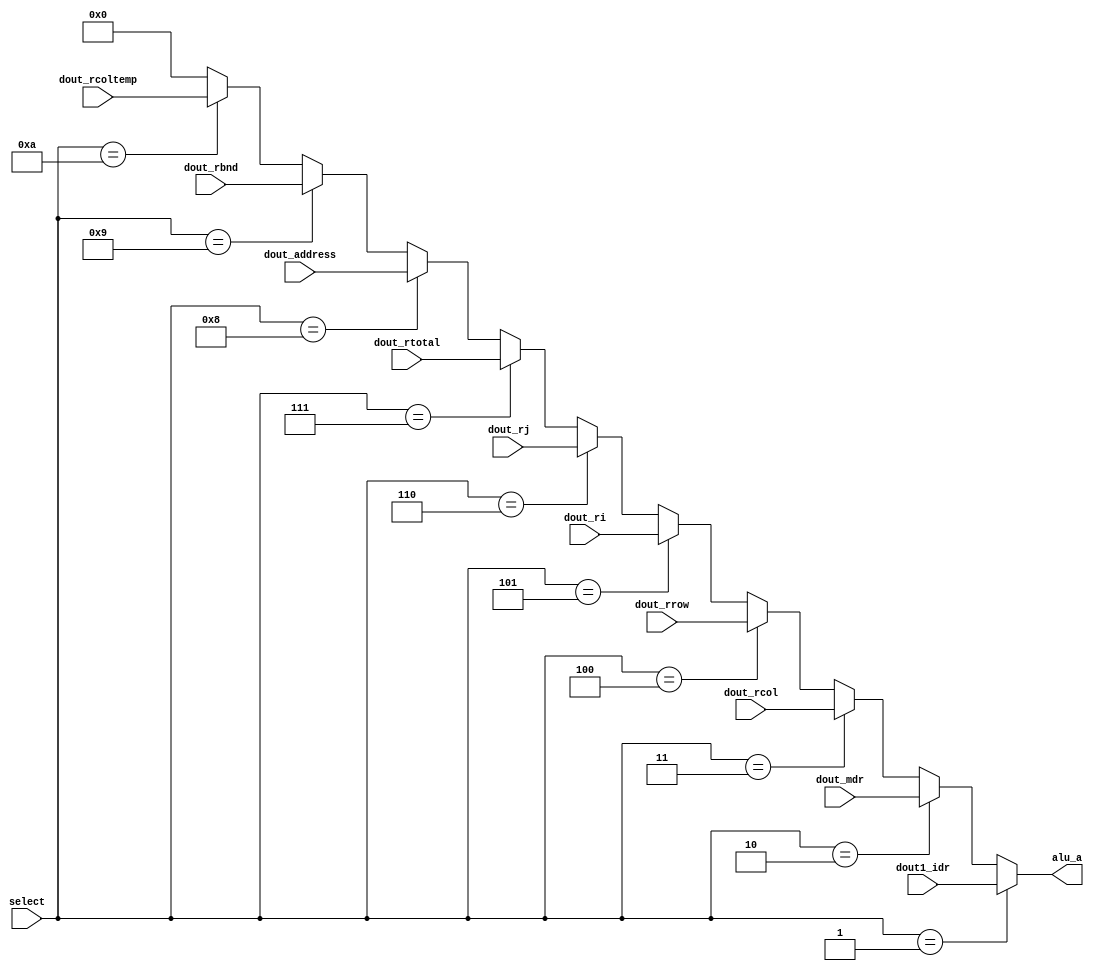
`timescale 1ns / 1ps

module ALU_Mux_A(
    input [3:0] select,
    input [17:0] dout1_idr, dout_mdr, 
    dout_rcol, dout_rrow, dout_ri, dout_rj, dout_rtotal, dout_address, dout_rbnd, dout_rcoltemp,
    output [17:0] alu_a
);

parameter 
idr1_sel = 4'b0001,
mdr_sel  = 4'b0010,
rcol_sel = 4'b0011,
rrow_sel = 4'b0100,
ri_sel   = 4'b0101,
rj_sel   = 4'b0110,
rtotal_sel   = 4'b0111,
raddress_sel = 4'b1000,
rbnd_sel     = 4'b1001,
rcoltemp_sel = 4'b1010;

assign alu_a = (select == idr1_sel)? dout1_idr:
               (select == mdr_sel)? dout_mdr:
               (select == rcol_sel)? dout_rcol:
               (select == rrow_sel)? dout_rrow:
               (select == ri_sel)? dout_ri:
               (select == rj_sel)? dout_rj:
               (select == rtotal_sel)? dout_rtotal:
               (select == raddress_sel)? dout_address:
               (select == rbnd_sel)? dout_rbnd:
               (select == rcoltemp_sel)? dout_rcoltemp:
               18'b0;
endmodule